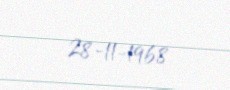
28-11-1968